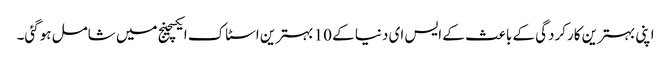
اپنی بہترین کارکردگی کے باعث کے ایس ای دنیا کے 10 بہترین اسٹاک ایکسچینج میں شامل ہوگئی۔